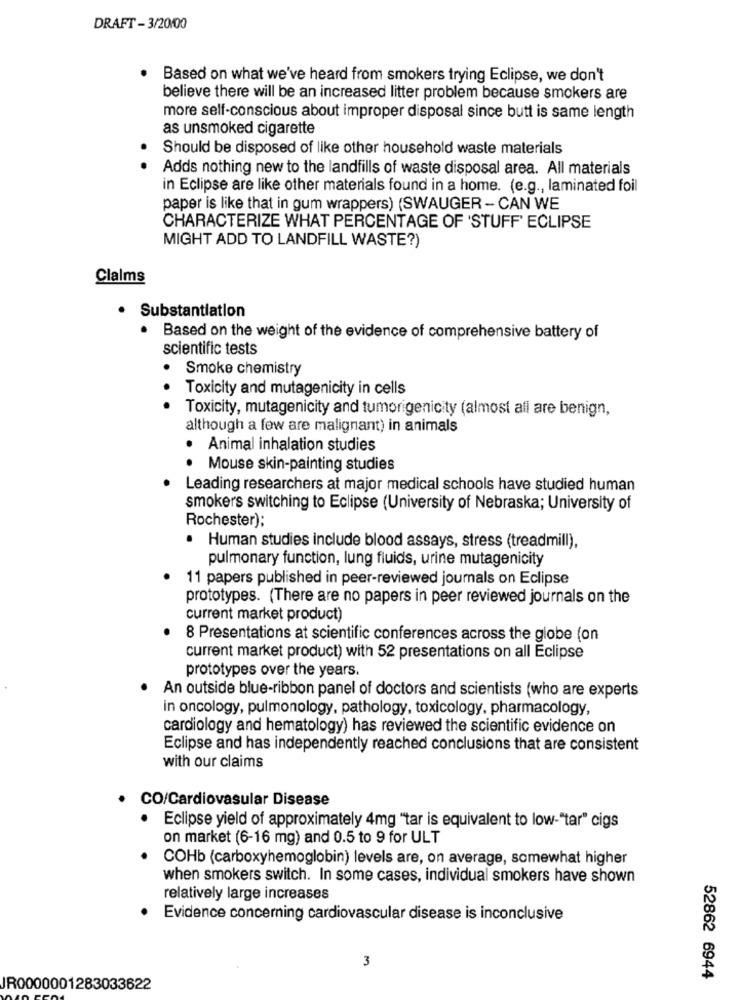
DRAFT - 3/20/00
Based on what we've heard from smokers trying Eclipse, we don't
believe there will be an increased litter problem because smokers are
more self-conscious about improper disposal since butt is same length
as unsmoked cigarette
Should be disposed of like other household waste materials
Adds nothing new to the landfills of waste disposal area. All materials
in Eclipse are like other materials found in a home. (e.g ., laminated foil
paper is like that in gum wrappers) (SWAUGER - CAN WE
CHARACTERIZE WHAT PERCENTAGE OF 'STUFF' ECLIPSE
MIGHT ADD TO LANDFILL WASTE?)
Claims
· Substantiation
Based on the weight of the evidence of comprehensive battery of
scientific tests
Smoke chemistry
. .
Toxicity and mutagenicity in cells
Toxicity, mutagenicity and tumorigenicity (almost all are benign,
although a few are malignant) in animals
· Animal inhalation studies
· Mouse skin-painting studies
Leading researchers at major medical schools have studied human
smokers switching to Eclipse (University of Nebraska; University of
Rochester);
· Human studies include blood assays, stress (treadmill),
pulmonary function, lung fluids, urine mutagenicity
11 papers published in peer-reviewed journals on Eclipse
prototypes. (There are no papers in peer reviewed journals on the
current market product)
8 Presentations at scientific conferences across the globe (on
current market product) with 52 presentations on all Eclipse
prototypes over the years.
An outside blue-ribbon panel of doctors and scientists (who are experts
in oncology, pulmonology, pathology, toxicology, pharmacology,
cardiology and hematology) has reviewed the scientific evidence on
Eclipse and has independently reached conclusions that are consistent
with our claims
CO/Cardiovasular Disease
Eclipse yield of approximately 4mg "tar is equivalent to low-"tar" cigs
on market (6-16 mg) and 0.5 to 9 for ULT
COHb (carboxyhemoglobin) levels are, on average, somewhat higher
when smokers switch. In some cases, individual smokers have shown
relatively large increases
Evidence concerning cardiovascular disease is inconclusive
3
52862 6944
JR0000001283033622